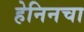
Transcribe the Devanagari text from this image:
हेनिनचा